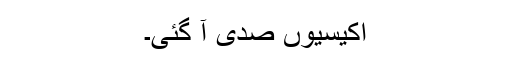
اکیسیوں صدی آ گئی۔